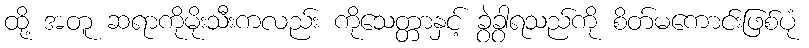
ထို့ အတူ ဆရာကိုမိုးသီးကလည်း ကိုသေတ္တာနှင့် ခွဲခွာရသည်ကို စိတ်မကောင်းဖြစ်ပုံ